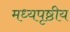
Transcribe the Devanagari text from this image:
मध्यपृष्ठीय